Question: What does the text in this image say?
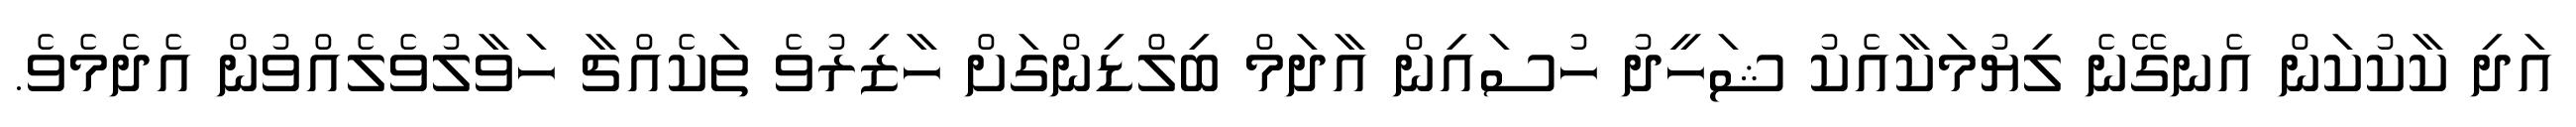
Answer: އަދި ކާކުކަން އެނގޭނެ ލިޔުމަކާއެކު ޝަހީދު ހުސައިން އާދަމް ބިލްޑިންގަށް ހާޒިރުވެ ތަކެއްޗާ ހަވާލުވެލެއްވުން އެދެމެވެ.